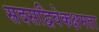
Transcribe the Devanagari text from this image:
सदसद्विवेकक्षमता